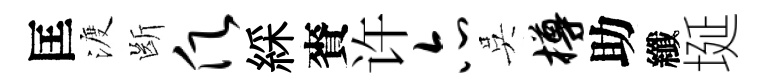
匡渡㫁愿綵賚许亦吳樽助纖埏